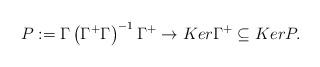
LaTeX: \begin{align*}P:=\Gamma \left( \Gamma^{+}\Gamma \right)^{-1}\Gamma^{+}\to Ker\Gamma ^{+}\subseteq KerP.\end{align*}